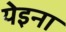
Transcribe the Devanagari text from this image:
येइना